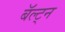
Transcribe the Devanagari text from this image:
बॅल्ट्न